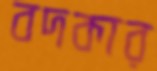
বদকার